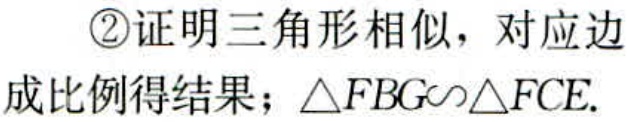
\textcircled{2}证明三角形相似，对应边

成比例得结果；\(\triangle FBG\sim\triangle FCE\).